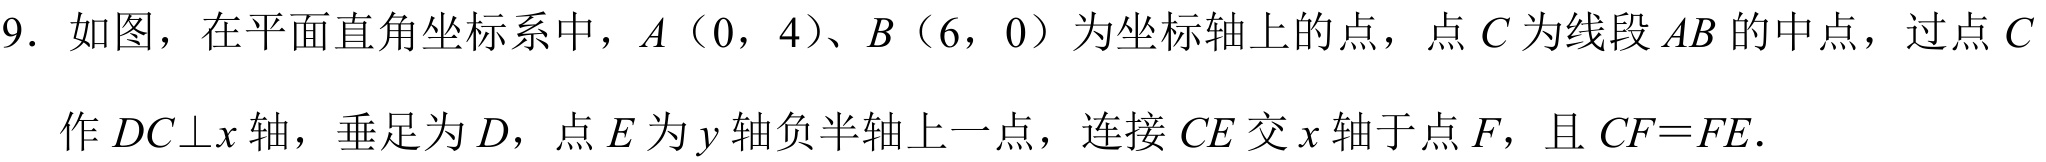
9. 如图，在平面直角坐标系中，\(A(0,4)\)、\(B(6,0)\)为坐标轴上的点，点\(C\)为线段\(AB\)的中点，过点\(C\)
作\(DC\perp x\)轴，垂足为\(D\)，点\(E\)为\(y\)轴负半轴上一点，连接\(CE\)交\(x\)轴于点\(F\)，且\(CF = FE\).